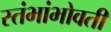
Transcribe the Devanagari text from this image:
स्तंभांभोवती